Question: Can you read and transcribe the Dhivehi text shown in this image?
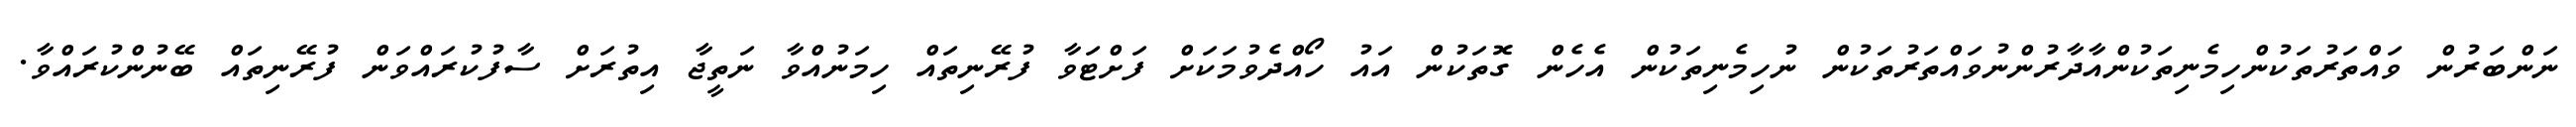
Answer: ނަންބަރުން ވައްތަރުތަކުންހިމެނިތަކުންއާދާރުންނުވައްތަރުތަކުން ނުހިމެނިތަކުން އެހެން ގޮތަކުން އައު ހޯއްދެވުމަކަށް ފަށްޓަވާ ފުރޭނިތައް ހިމަނުއްވާ ނަތީޖާ އިތުރަށް ސާފުކުރައްވަން ފުރޭނިތައް ބޭނުންކުރައްވާ.